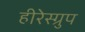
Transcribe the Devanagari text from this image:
हीरेस्ग्रुप